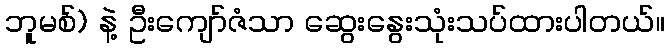
ဘူမစ်) နဲ့ ဦးကျော်ဇံသာ ဆွေးနွေးသုံးသပ်ထားပါတယ်။